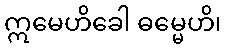
ဣမေဟိခေါ ဓမ္မေဟိ၊